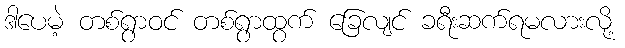
ဒါပေမဲ့ တစ်ရွာဝင် တစ်ရွာထွက် ခြေလျင် ခရီးဆက်ရမလားလို့